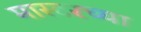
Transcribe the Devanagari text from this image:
मास्टरच्या